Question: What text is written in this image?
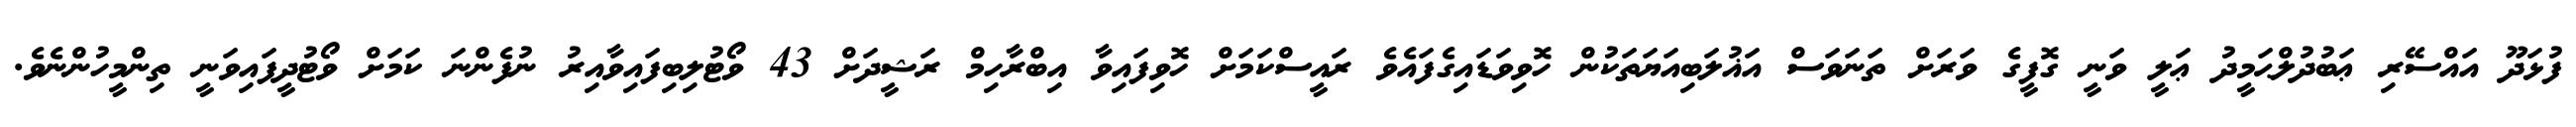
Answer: ފުޅަދޫ އައްސޭރި ޢަބުދުލްޙަމީދު ޢަލީ ވަނީ ގޮފީގެ ވަރަށް ތަނަވަސް އަޣުލަބިއަޔަތަކުން ހޮވިވަޑައިގެފައެވެ ރައީސްކަމަށް ހޮވިފައިވާ އިބްރާހިމް ރަޝީދަށް 43 ވޯޓުލިބިފައިވާއިރު ނުފެންނަ ކަމަށް ވޯޓުދީފައިވަނީ ތިންމީހުންނެވެ.